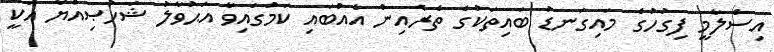
އިސްލާމީ ފިގުހުގެ މައިގަނޑު ބައިތަކުގެ ތެރެއިން އެއްބައި ކަމުގައިވާ އަޙުވާލު ޝަޚުޞިއްޔާ އަކީ